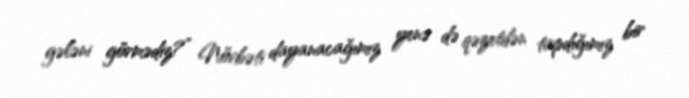
gələni görmədiz?” Növbəti dayanacağımız yenə də qəzetdən tapdığımız bir